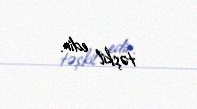
təşkil edir.